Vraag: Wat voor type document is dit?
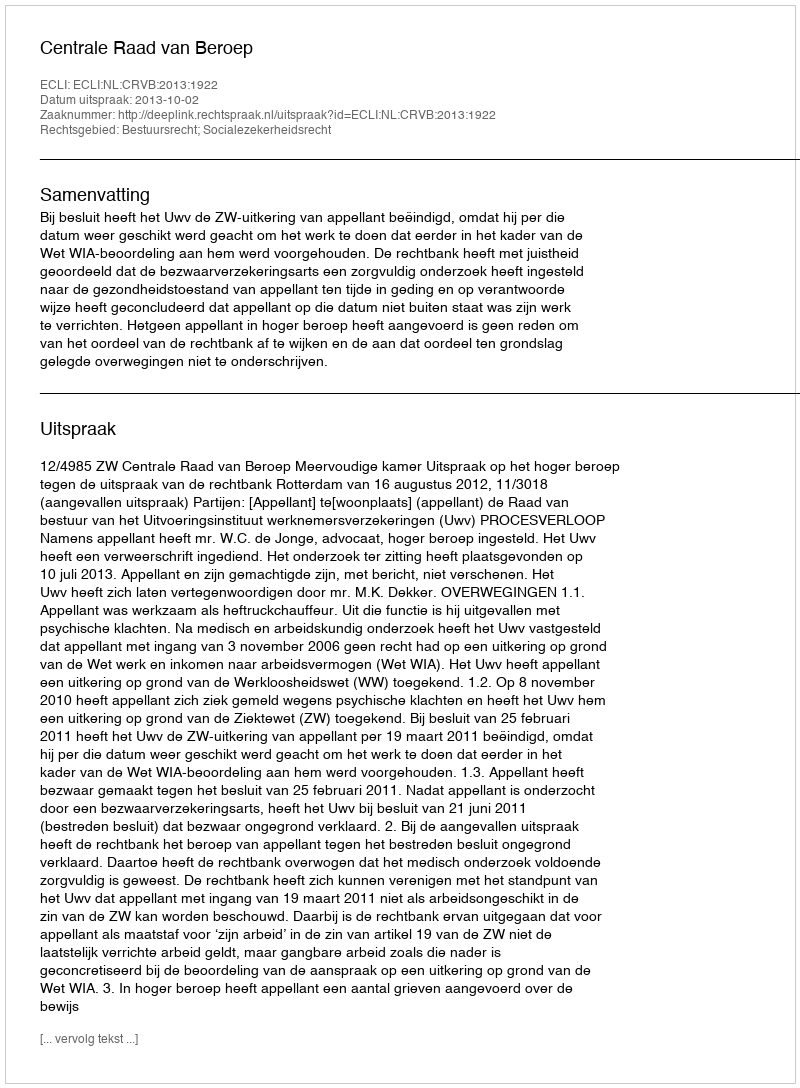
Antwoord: Uitspraak